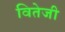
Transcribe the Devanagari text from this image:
वितेजी